Lunatic asylums Punjab 1911-1921 - 1911-1921
Year: 1911
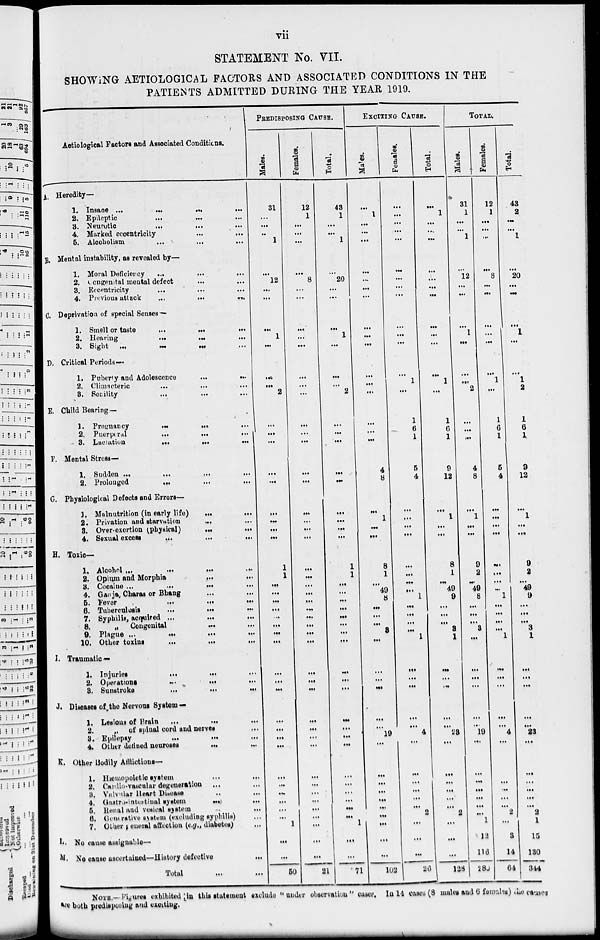
vii
STATEMENT No. VII.
SHOWING AETIOLOGICAL FACTORS AND ASSOCIATED CONDITIONS IN THE
PATIENTS ADMITTED DURING THE YEAR 1919.
Aetiological Factors and Associated Conditions.
A. Heredity—
1. Insane ... ... ... ...
2. Epileptic ... ... ...
3. Neurotic
...
...
4. Marked eccentricity ... ...
5. Alcoholism
...
...
...
B. Mental instability, as revealed by —
1. Moral Deficiency ... ... ...
2. Congenital mental defect ... ...
3. Eccentricity ... ... ... ...
4. Previous attack
...
...
...
C. Deprivation of special Senses —
1. Smell or taste
...
...
...
2. Hearing
... ... ...
3. Sight ... .... ... ...
D. Critical Periods—
1. Puberty and Adolescence
...
...
2. Climacteric ... ... ...
3. Senility
...
...
E. Child Bearing—
1. Pregnancy
...
... ...
2. Puerperal
...
...
...
3. Lactation
...
... ...
F. Mental Stress—
1. Sudden ... ... ... ...
2. Prolonged
... ... ...
G. Physiological Defects and Errors—
1. Malnutrition (in early life)
...
...
2. Privation and starvation
... ...
3. Over-exertion (physical)
...
...
4. Sexual excess
...
...
...
H. Toxic—
1. Alcohol ...
...
...
...
2. Opium and Morphia
...
...
3. Cocaine ... ... ... ...
4. Ganja, Charas or Bhang ... ...
5. Fever
...
...
...
6. Tuberculosis
...
...
7. Syphilis, acquired ...
...
...
8.
„ Congenital ... ...
9. Plague ...
...
...
...
10. Other toxins
...
...
...
I. Traumatic —
1. Injuries
...
...
...
2. Operations
...
...
...
3. Sunstroke
...
...
...
J. Diseases of the Nervous System—
1. Lesions of Brain
...
...
2.
„ of spinal cord and nerves ...
3. Epilepsy
...
...
4. Other defined neuroses
...
...
K. Other Bodily Afflictions—
1. Hæmopoietic system ... ...
2. Cardio-vascular degeneration ... ...
3. Valvular Heart Disease ... ...
4. Gastro-intertinal system
...
...
5. Renal and vesical system ... ...
6. Generative system (excluding syphilis) ...
7. Other general affection (e.g., diabetes) ...
L. No cause assignable—
M. No cause ascertained—History defective
...
Total ... ...
PREDISPOSING CAUSE.
Males.
31
...
...
...
1
...
l2
...
...
...
1
...
...
...
2
...
...
...
...
...
...
...
...
1
1
...
...
...
...
...
...
...
...
...
...
...
...
...
...
...
...
...
...
...
...
...
1
...
...
50
Females.
12
1
...
...
...
...
8
...
...
...
...
...
...
...
...
...
...
...
...
...
...
...
...
...
...
...
...
...
...
...
...
...
...
...
...
...
...
...
...
...
...
...
...
...
...
...
...
...
...
...
21
Total.
43
1
...
...
1
...
20
...
...
...
1
...
...
...
2
...
...
...
...
...
...
...
...
...
1
1
...
...
...
...
...
...
...
...
...
...
...
...
...
...
...
...
...
...
...
...
...
1
...
...
71
EXCITING CAUSE.
Males.
...
1
...
...
...
...
...
...
...
...
...
...
...
...
...
...
...
...
4
8
...
1
...
...
8
1
...
49
8
...
...
...
3
...
...
...
...
...
...
19
...
...
...
...
...
...
...
...
...
...
102
Females.
...
...
...
...
...
...
...
...
...
...
...
...
...
1
...
1
6
1
5
4
...
...
...
...
...
...
...
...
1
...
...
...
...
1
...
...
...
...
...
4
...
...
...
...
...
...
2
...
...
...
26
Total.
...
1
...
...
...
...
...
...
...
...
...
1
...
1
6
1
9
12
...
1
...
...
8
1
...
49
9
...
...
...
3
1
...
...
...
...
...
23
...
...
...
...
...
...
2
...
...
...
128
TOTAL.
Males.
31
1
...
...
1
12
...
...
...
1
...
...
...
2
...
...
...
4
8
...
1
...
...
9
2
...
49
8
...
...
...
3
...
...
...
...
...
...
19
...
...
...
...
...
...
...
1
12
116
286
Females.
12
1
...
...
...
...
8
...
...
...
...
...
...
1
...
1
6
1
5
4
...
...
...
...
...
...
...
...
1
...
...
...
...
1
...
...
...
...
...
4
...
...
...
...
...
...
2
...
3
14
64
Total.
43
2
...
...
1
...
20
...
...
...
1
...
...
1
2
1
6
1
9
12
...
1
...
...
9
2
...
49
9
...
...
...
3
1
...
...
...
...
...
23
...
...
...
...
...
...
2
1
15
130
344
NOTE.—Figures exhibited in this statement exclude "under observation" cases. In 14 cases (8 males and 6 females) the causes.
are both predisposing and exciting.